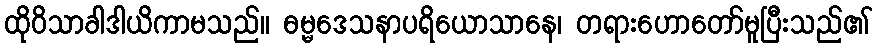
ထိုဝိသာခါဒါယိကာမသည်။ ဓမ္မဒေသနာပရိယောသာနေ၊ တရားဟောတော်မူပြီးသည်၏